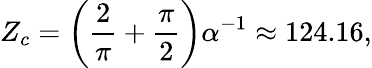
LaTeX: Z_{c}=\left(\frac{2}{\pi}+\frac{\pi}{2}\right)\alpha^{-1}\approx 124.16,